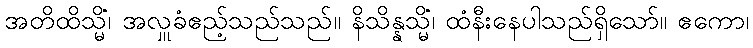
အတိထိသ္မိံ၊ အလှူခံဧည့်သည်သည်။ နိသိန္နသ္မိံ၊ ထံနီးနေပါသည်ရှိသော်။ ဧကော၊